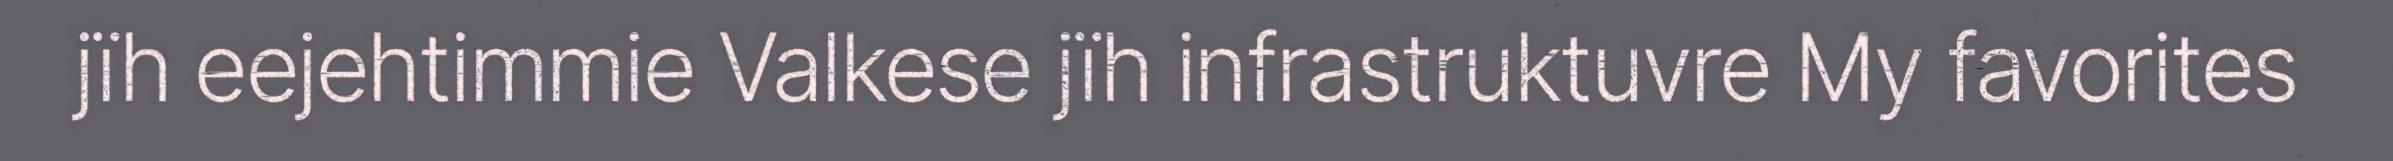
jïh eejehtimmie Valkese jïh infrastruktuvre My favorites